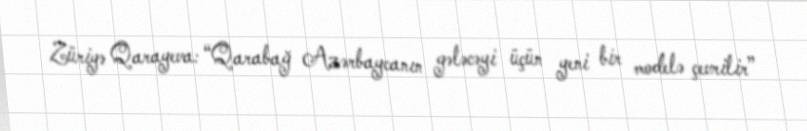
Züriyə Qarayeva: “Qarabağ Azərbaycanın gələcəyi üçün yeni bir modelə çevrilir”